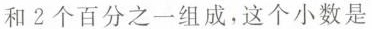
和2个百分之一组成，这个小数是